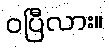
ဝပြီလား။